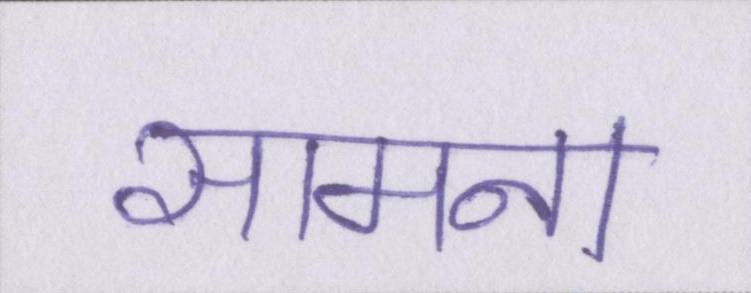
सामना